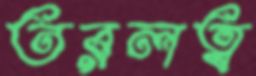
তরলত্ব